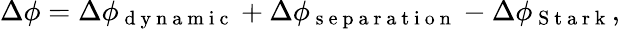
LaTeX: \Delta\phi=\Delta\phi_{\mathrm{~d~y~n~a~m~i~c~}}+\Delta\phi_{\mathrm{~s~e~p~a~r~a~t~i~o~n~}}-\Delta\phi_{\mathrm{~S~t~a~r~k~}},